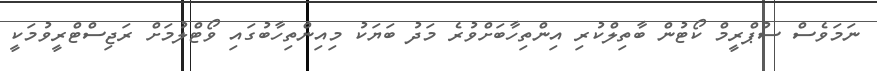
ނަމަވެސް ސުޕްރީމް ކޯޓުން ބާތިލްކުރި އިންތިހާބަށްވުރެ މަދު ބަޔަކު މިއިންތިހާބުގައި ވޯޓްލުމަށް ރަޖިސްޓްރީވުމަކީ